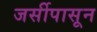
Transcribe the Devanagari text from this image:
जर्सीपासून